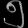
Digit: ၅